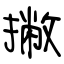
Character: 撇